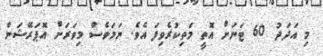
މި އަދަދު 60 ޓަނަށް އޮތީ މަތިކުރެވިފަ އެވެ. ނަމަވެސް މިވަރަށް އޮޕަރޭޝަން